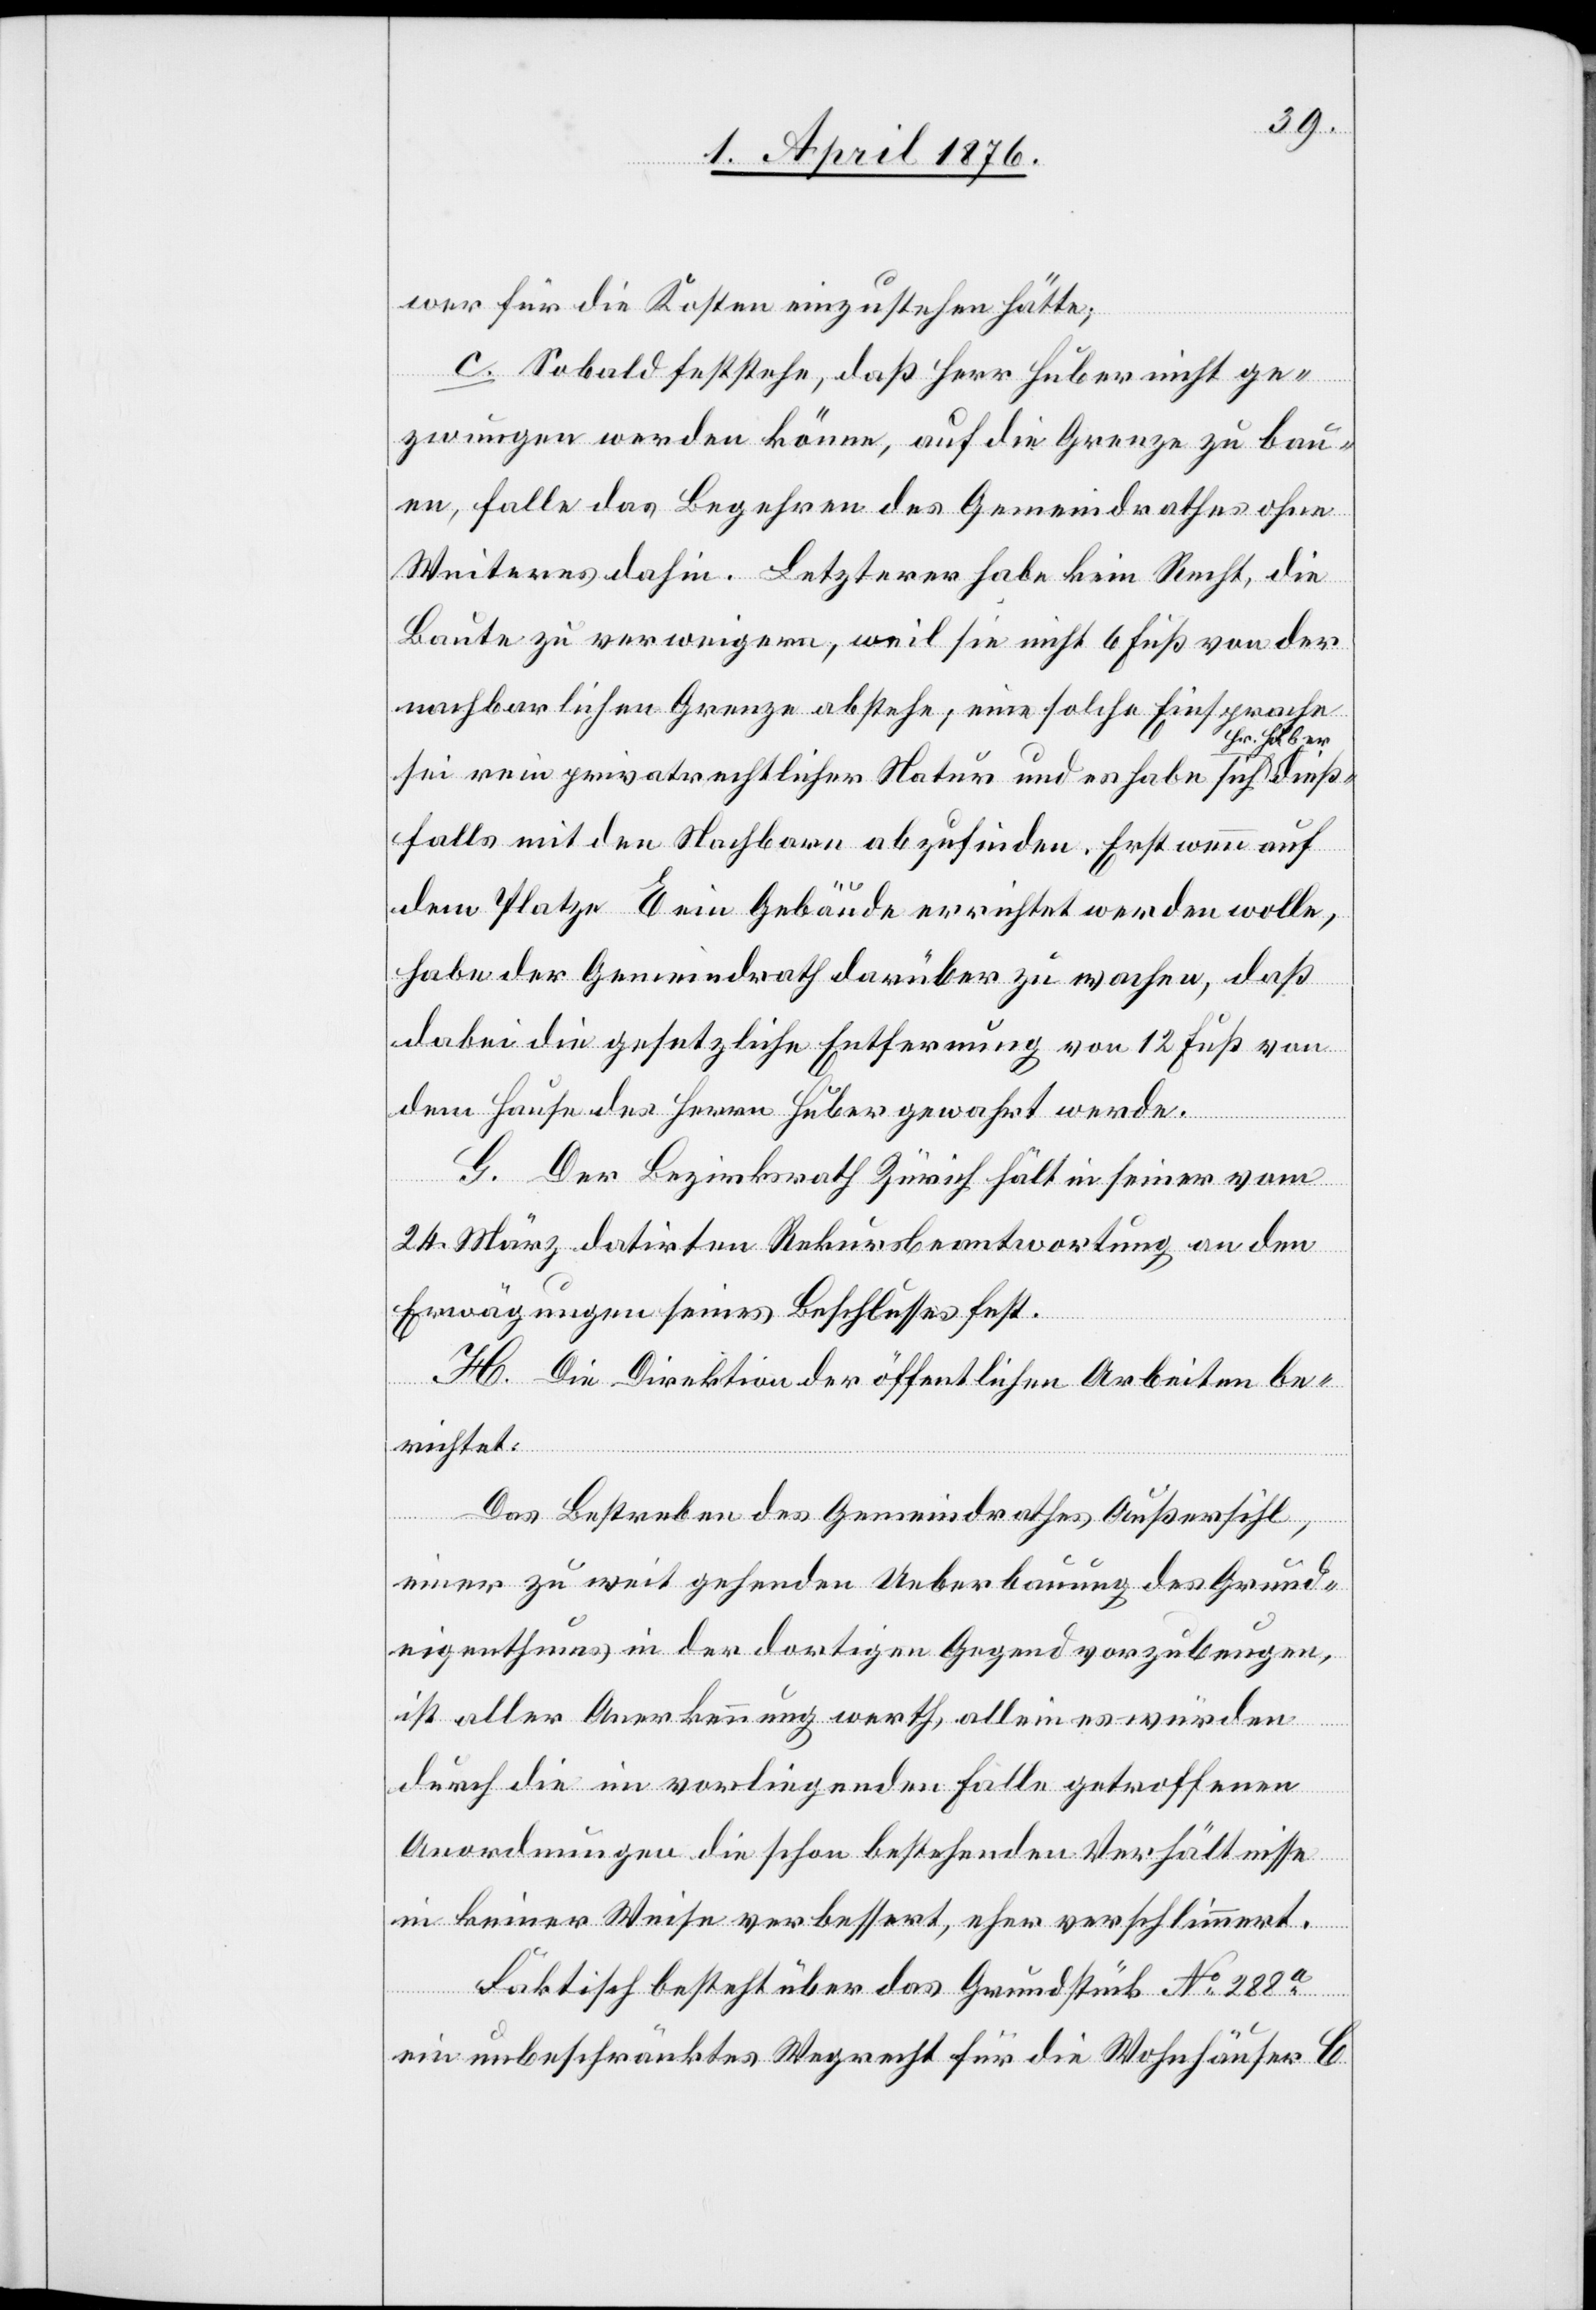
wer für die Kosten einzustehen hätte;
c. Sobald feststehe, daß Herr Huber nicht ge¬
zwungen werden könne, auf die Grenze zu bau¬
en, falle das Begehren des Gemeindrathes ohne
Weiteres dahin. Letzterer habe kein Recht, die
Baute zu verweigern, weil sie nicht 6 Fuß von der
nachbarlichen Grenze abstehe; eine solche Einsprache
Hr. Huber
sei rein privatrechtlicher Natur und es habe sich
falls mit den Nachbarn abzufinden. Erst wenn auf
dem Platze E ein Gebäude errichtet werden wolle,
habe der Gemeindrath darüber zu wachen, daß
dabei die gesetzliche Entfernung von 12 Fuß von
dem Hause des Herrn Huber gewahrt werde.
G. Der Bezirksrath Zürich hält in seiner vom
24. März datirten Rekursbeantwortung an den
Erwägungen seines Beschlusses fest.
H. Die Direktion der öffentlichen Arbeiten be¬
richtet:
Das Bestreben des Gemeindrathes Außersihl,
einer zu weit gehenden Ueberbauung des Grund¬
eigenthums in der dortigen Gegend vorzubeugen,
ist aller Anerkennung werth, allein es würden
durch die im vorliegenden Falle getroffenen
Anordnungen die schon bestehenden Verhältnisse
in keiner Weise verbessert, eher verschlimmert.
dieß¬
Faktisch besteht über das Grundstück No 288a
ein unbeschränktes Wegrecht für die Wohnhäuser C